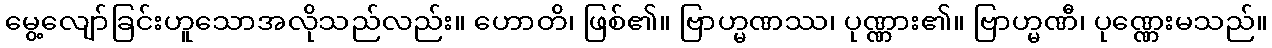
မွေ့လျော်ခြင်းဟူသောအလိုသည်လည်း။ ဟောတိ၊ ဖြစ်၏။ ဗြာဟ္မဏဿ၊ ပုဏ္ဏား၏။ ဗြာဟ္မဏီ၊ ပုဏ္ဏေးမသည်။